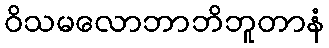
ဝိသမလောဘာဘိဘူတာနံ